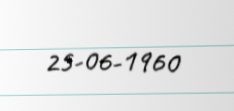
25-06-1960